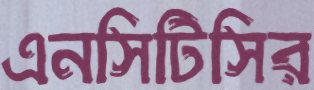
এনসিটিসির